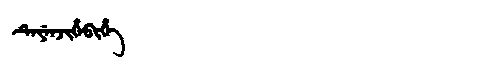
Manchu: ᡨᡝᠶᡝᠨᠵᡳᡥᡝᠪᡳᡥᡝ
Romanization: TEYENJIHEBIHE